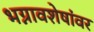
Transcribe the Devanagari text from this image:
भग्नावशेषांवर